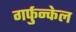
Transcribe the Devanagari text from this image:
गर्फुन्केल